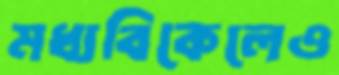
মধ্যবিকেলেও